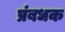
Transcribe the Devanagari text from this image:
प्रंबधक